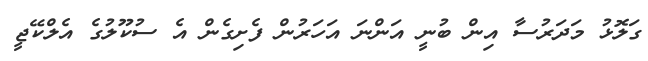
ގަލޮޅު މަދަރުސާ އިން ބުނީ އަންނަ އަހަރުން ފެށިގެން އެ ސުކޫލުގެ އެލްކޭޖީ